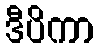
ဒီပိကာ